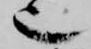
也